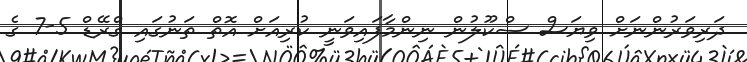
ދަރިވަރުންނަށް ވިޔަސް ސްކޫލުން ނިންމާފައިވަނީ ކުރިއަށް އޮތް ތަނުގައި ގްރޭޑް 5-7 ގެ